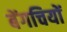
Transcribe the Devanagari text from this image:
बेंगचियों